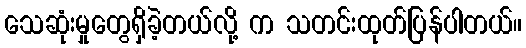
သေဆုံးမှုတွေရှိခဲ့တယ်လို့ က သတင်းထုတ်ပြန်ပါတယ်။